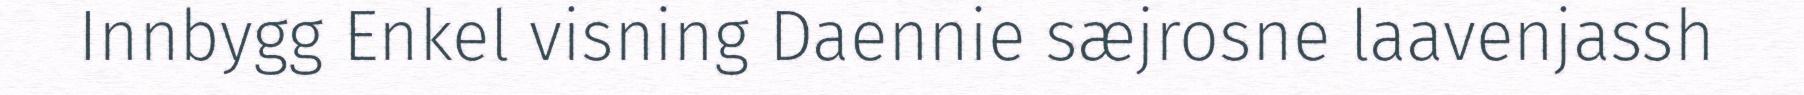
Innbygg Enkel visning Daennie sæjrosne laavenjassh